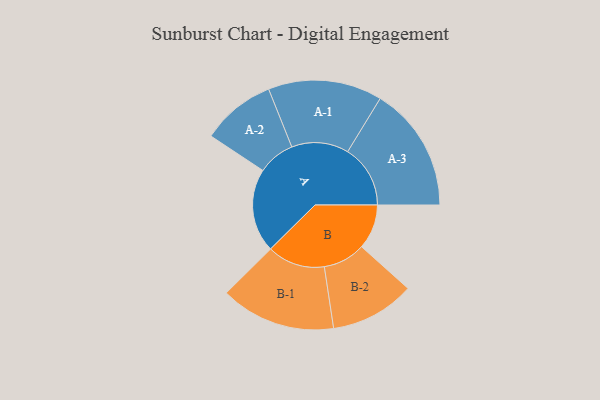
{"axis": {"x": "Segment", "y": "Value"}, "legend": ["", "A", "B"], "data": [{"x": "A", "y": 370, "type": ""}, {"x": "B", "y": 198, "type": ""}, {"x": "A-1", "y": 252, "type": "A"}, {"x": "A-2", "y": 164, "type": "A"}, {"x": "A-3", "y": 277, "type": "A"}, {"x": "B-1", "y": 255, "type": "B"}, {"x": "B-2", "y": 187, "type": "B"}]}